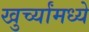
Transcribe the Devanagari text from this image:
खुर्च्यांमध्ये